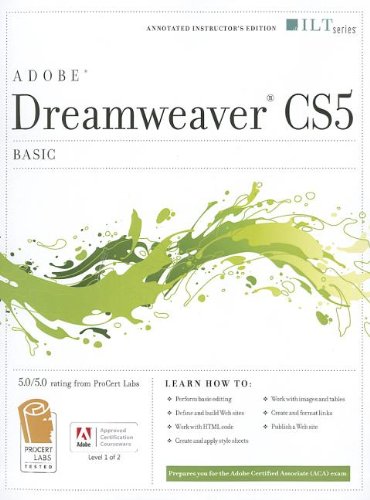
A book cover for Dreamweaver Cs5: Basic, Aca Edition + Certblaster (ILT); Computers & Technology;